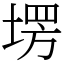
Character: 塄